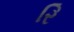
રિ